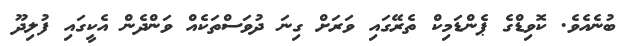
ބުނެއެވެ. ކޮވިޑްގެ ޕެންޑަމިކް ތެރޭގައި ވަރަށް ގިނަ ދުވަސްތަކެއް ވަންދެން އެކީގައި ފުލިދޫ